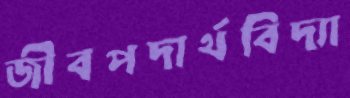
জীবপদার্থবিদ্যা